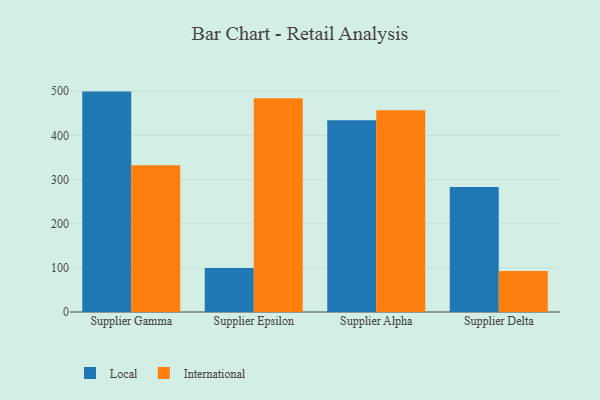
{"axis": {"x": "Supplier", "y": "Energy Usage (MWh)"}, "legend": ["International", "Local"], "data": [{"x": "Supplier Gamma", "y": 499.2, "type": "Local"}, {"x": "Supplier Gamma", "y": 332.5, "type": "International"}, {"x": "Supplier Epsilon", "y": 99.9, "type": "Local"}, {"x": "Supplier Epsilon", "y": 484.3, "type": "International"}, {"x": "Supplier Alpha", "y": 434.4, "type": "Local"}, {"x": "Supplier Alpha", "y": 456.9, "type": "International"}, {"x": "Supplier Delta", "y": 283.1, "type": "Local"}, {"x": "Supplier Delta", "y": 92.9, "type": "International"}]}